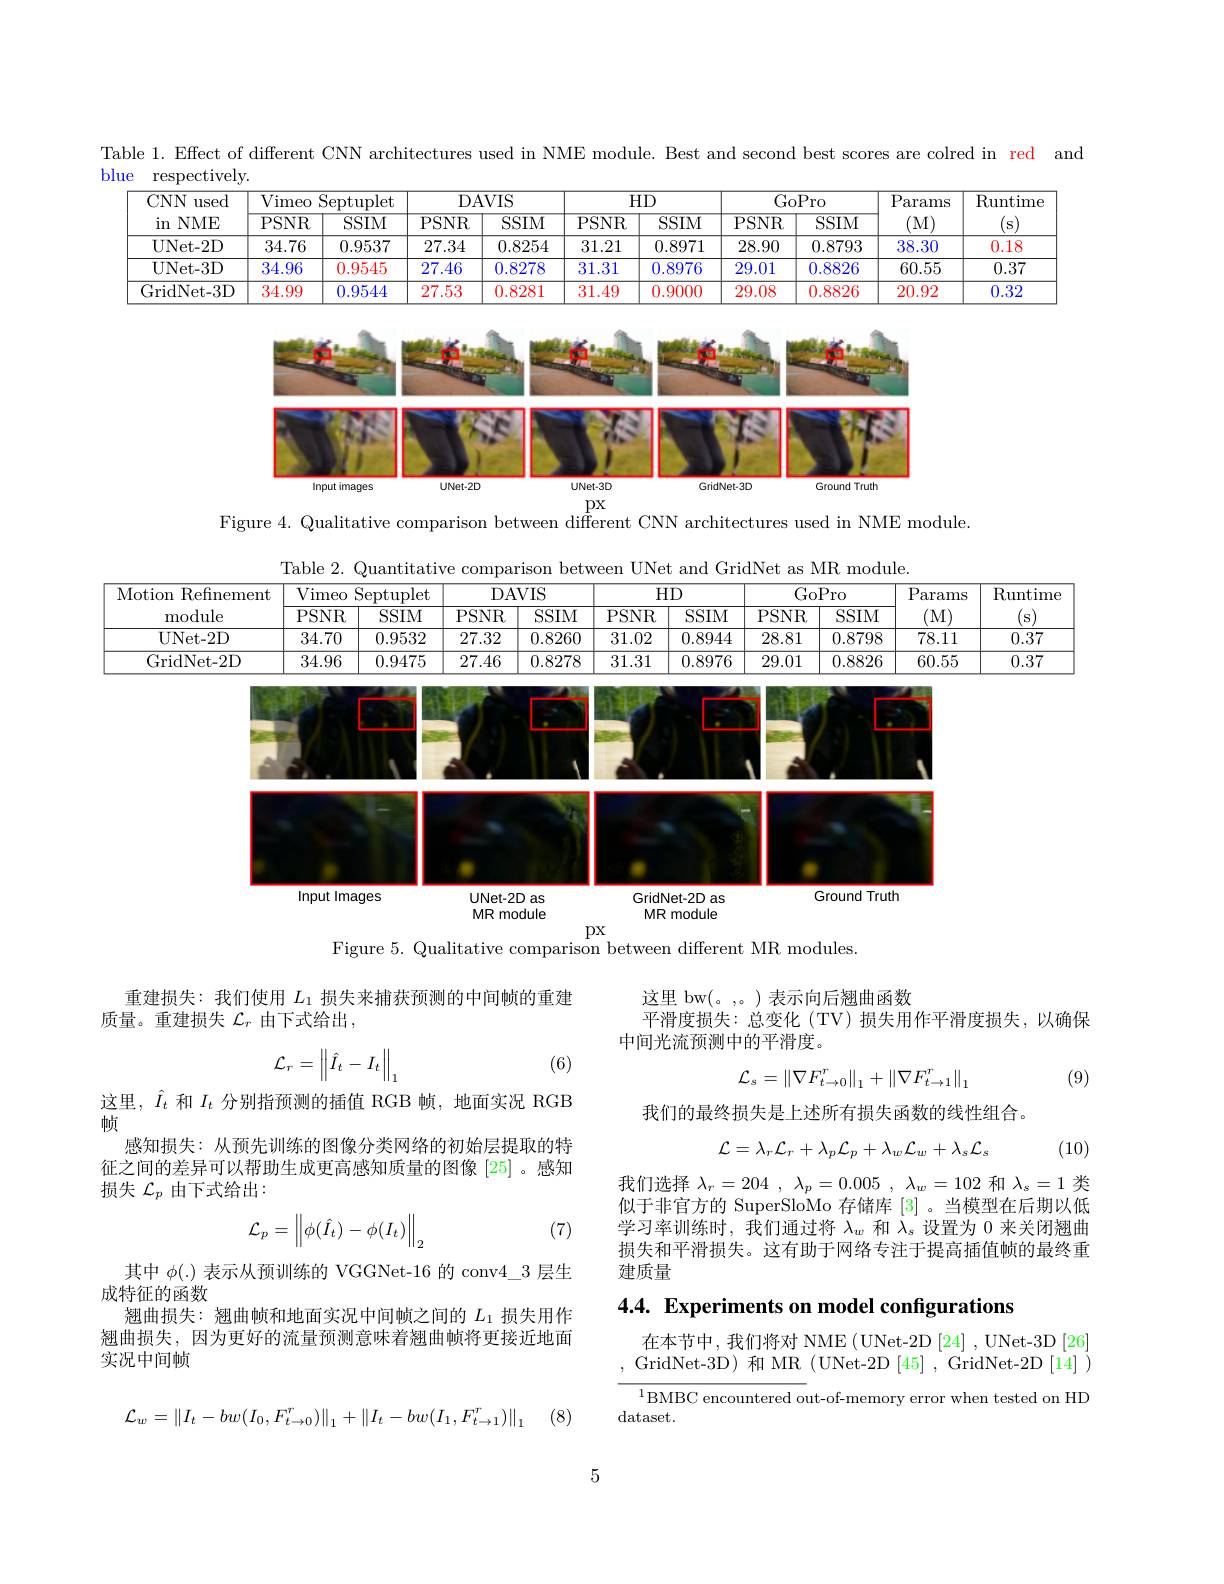
Table 1. Effect of different CNN architectures used in NME module. Best and second best scores are colred in red and

blue respectively
<table>
	<tbody>
		<tr>
			<th rowspan="2">$CNN$ used $NME$ in</th>
			<th rowspan="2">Vimeo PSNR</th>
			<th>$\operatorname{Septuplet}$</th>
			<th colspan="2">DAVIS</th>
			<th colspan="2">$HD$</th>
			<th colspan="2">GoPro</th>
			<th rowspan="2">Params (M)</th>
			<th rowspan="2">$\operatorname{Runtime}$ S</th>
		</tr>
		<tr>
			<th>$SSIM$</th>
			<th>PSNR</th>
			<th>$\overline{\mathrm{SSIM}}$</th>
			<th>PSNR</th>
			<th>$\overline{\mathrm{SSIM}}$</th>
			<th>PSNR</th>
			<th>$\overline{\mathrm{SSIM}}$</th>
		</tr>
		<tr>
			<td>UNet- 2D</td>
			<td>34.76</td>
			<td>0.9537</td>
			<td>27.34</td>
			<td>0.8254</td>
			<td>31.21</td>
			<td>0.8971</td>
			<td>28.90</td>
			<td>0.8793</td>
			<td>38.30</td>
			<td>0.18</td>
		</tr>
		<tr>
			<td>UNet- 3D</td>
			<td>34.96</td>
			<td>0.9545</td>
			<td>27.46</td>
			<td>0.8278</td>
			<td>31.31</td>
			<td>0.8976</td>
			<td>29.01</td>
			<td>0.8826</td>
			<td>60.55</td>
			<td>0.37</td>
		</tr>
		<tr>
			<td>GridNet- 3D</td>
			<td>34.99</td>
			<td>0.9544</td>
			<td>27.53</td>
			<td>0.8281</td>
			<td>31.49</td>
			<td>0.9000</td>
			<td>29.08</td>
			<td>0.8826</td>
			<td>20.92</td>
			<td>0.32</td>
		</tr>
	</tbody>
</table>

<FigureHere>
$px$

Figure 4. Qualitative comparison between different CNN architectures used in NME module.

Motion

(s)

Table 2. Quantitative comparison between UNet and GridNet as MR module.
Runtime
<table>
	<tbody>
		<tr>
			<th rowspan="2">Refinement . odule</th>
			<th rowspan="2">$\overline{\mathrm{Vimeo}}$ PSNR</th>
			<th rowspan="2">$\operatorname{Septuplet}$ $SSIM$</th>
			<th colspan="2">DAVIS</th>
			<th colspan="2">$HD$</th>
			<th colspan="2">GoPro</th>
			<th>$P_{i}$ arams </th>
			<th rowspan="2">$\textbf{I}$ 5</th>
		</tr>
		<tr>
			<th>PSNR</th>
			<th>$SSIM$</th>
			<th>PSNR</th>
			<th>$SSIM$</th>
			<th>PSNF</th>
			<th>$SSIM$</th>
			<th>(M)</th>
		</tr>
		<tr>
			<td>Vet- 2D</td>
			<td>34.70</td>
			<td>0.9532</td>
			<td>27.32</td>
			<td>0.8260</td>
			<td>31.02</td>
			<td>0.8944</td>
			<td>28.81</td>
			<td>0.8798</td>
			<td>78.11</td>
			<td> </td>
		</tr>
		<tr>
			<td>lNet- 2D</td>
			<td>34.96</td>
			<td>0.9475</td>
			<td>27.46</td>
			<td>0.8278</td>
			<td>31.31</td>
			<td>0.8976</td>
			<td>29.01</td>
			<td>0.8826</td>
			<td>60.55</td>
			<td> </td>
		</tr>
	</tbody>
</table>

$\underline{{\overline{0.37}}}$

$\underline{0.37}$

<FigureHere>
$px$

Figure 5. Qualitative comparison between different MR modules.

重建损失：我们使用$L_{1}$损失来捕获预测的中间帧的重建
质量。重建损失$\mathcal{L}_r$由下式给出，

这里 bw(。,。)表示向后翘曲函数
平滑度损失：总变化(TV)损失用作平滑度损失，以确保
中间光流预测中的平滑度。
$$\mathcal{L}_r=\left\|\hat{I}_t-I_t\right\|_1$$
(6)
$$\mathcal{L}_{s}=\|\nabla F_{t\to0}^{r}\|_{1}+\|\nabla F_{t\to1}^{r}\|_{1}$$
(9)

我们的最终损失是上述所有损失函数的线性组合。

这里，$\hat{I}_t$和$I_t$分别指预测的插值 RGB 帧，地面实况 RGB
帧
感知损失：从预先训练的图像分类网络的初始层提取的特征之间的差异可以帮助生成更高感知质量的图像 [25] 。感知损失$\mathcal{L}_p$由下式给出：
$$\mathcal{L}=\lambda_{r}\mathcal{L}_{r}+\lambda_{p}\mathcal{L}_{p}+\lambda_{w}\mathcal{L}_{w}+\lambda_{s}\mathcal{L}_{s}$$
(10)

我们选择$\lambda _r= 204$ , $\lambda _p= 0. 005$ , $\lambda _w= 102$和$\lambda_s=1$类似于非官方的 SuperSloMo 存储库[3] 。当模型在后期以低

学习率训练时，我们通过将$\lambda_w$和$\lambda_s$设置为0来关闭翘曲损失和平滑损失。这有助于网络专注于提高插值帧的最终重建质量
$$\mathcal{L}_p=\left\|\phi(\hat{I}_t)-\phi(I_t)\right\|_2$$
(7)

4.4. Experiments on model configurations

其中$\phi(.)$表示从预训练的 VGGNet-16 的 conv4\_3 层生
成特征的函数
翘曲损失：翘曲帧和地面实况中间帧之间的$L_{1}$损失用作翘曲损失，因为更好的流量预测意味着翘曲帧将更接近地面实况中间帧

在本节中，我们将对 NME (UNet-2D [24] , UNet-3D [26] GridNet-3D) 和 MR (UNet-2D [45] , GridNet-2D [14] )

$^{1}$BMBC encountered out-of-memory error when tested on HD
dataset.
$$\mathcal{L}_w=\|I_t-bw(I_0,F_{t\to0}^r)\|_1+\|I_t-bw(I_1,F_{t\to1}^r)\|_1$$
(8)

5